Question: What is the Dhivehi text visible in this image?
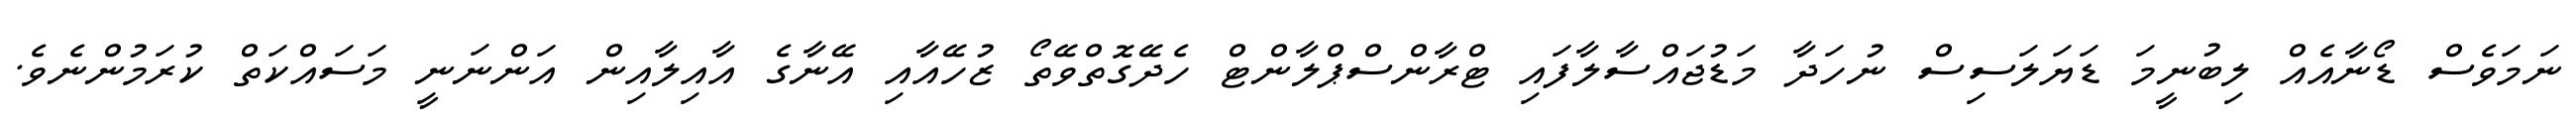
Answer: ނަމަވެސް ޑޯނާއެއް ލިބުނީމަ ޑަޔަލަސިސް ނުހަދާ މަޑުޖައްސާލާފައި ޓްރާންސްޕްލާންޓް ހެދޭގޮތްވޭތޯ ޒުހޭއާއި އޭނާގެ އާއިލާއިން އަންނަނީ މަސައްކަތް ކުރަމުންނެވެ.